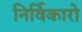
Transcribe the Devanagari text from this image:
निर्विकारो